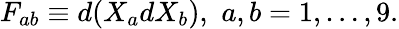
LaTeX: F_{ab}\equiv d(X_{a}dX_{b}),\, \, a,b=1,\ldots,9.